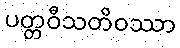
ပတ္တဝီသတိဝဿာ